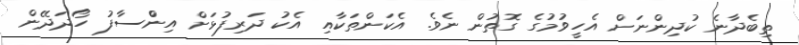
ތިބެދާނެ ކުދިންނަށް އެހީވުމުގެ ގޮތުން ނެވެ. އެކަންތަކާއި އެކު ދަރިފުޅަށް އިންްސާފު ހޯދަދޭން